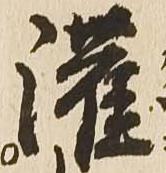
灌